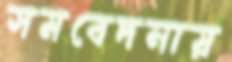
সমবেদনায়